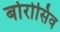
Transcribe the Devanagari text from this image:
बोरोसिव